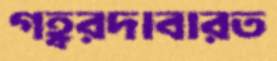
গহ্বরদাবারত